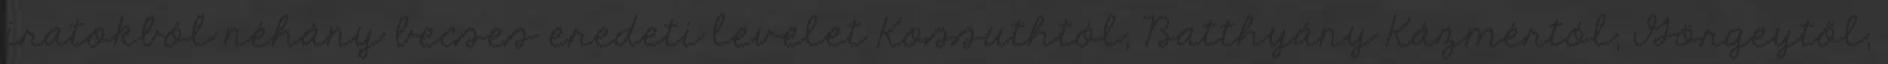
iratokból néhány becses eredeti levelet Kossuthtól, Batthyány Kázmértól, Görgeytől,